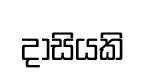
දාසියකි